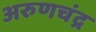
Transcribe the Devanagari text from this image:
अरुणचंद्र